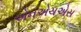
એનએચએસ